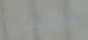
للمتاعب